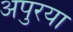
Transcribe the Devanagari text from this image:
अपुरया